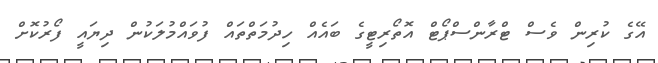
އޭގެ ކުރިން ވެސް ޓްރާންސްޕޯޓް އޮތޯރިޓީގެ ބައެއް ހިދުމަތްތައް ފުވައްމުލަކުން ދިޔައީ ފޯރުކޮށް